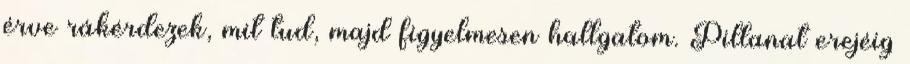
érve rákérdezek, mit tud, majd figyelmesen hallgatom. Pillanat erejéig